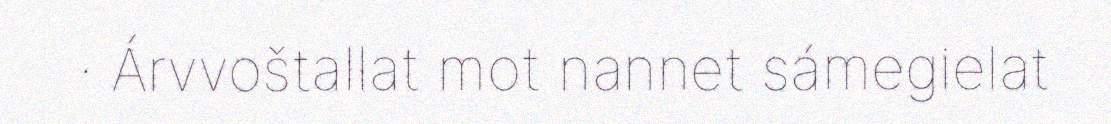
· Árvvoštallat mot nannet sámegielat